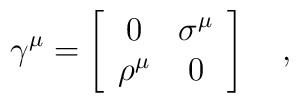
\gamma^{\mu} =\left[\begin{array}{cc}0 & \sigma^{\mu}\\\rho^{\mu} & 0\end{array}\right] \quad,